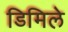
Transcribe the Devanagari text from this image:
डिमिले